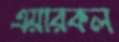
এয়ারকল